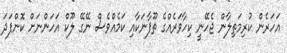
އަހަރެން ކުރިމަތިލާން ޖެހޭނީ ކިހާވަރެއްގެ ތޫފާނަކާއި ކަމެއްވެސް ނޭގޭ ލޫކް އަހަންނަށް ކޮންފަދަ